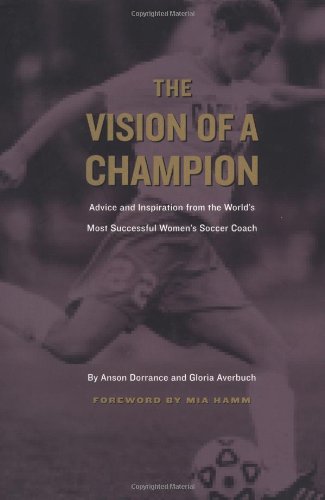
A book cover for The Vision of a Champion: Advice and Inspiration from the World's Most Successful Women's Soccer Coach; Anson Dorrance; Sports & Outdoors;